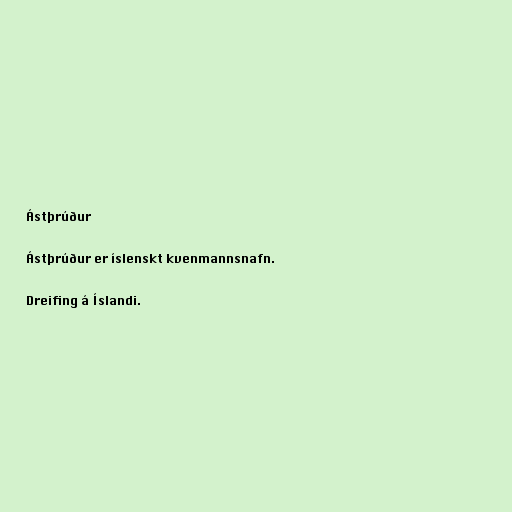
Ástþrúður

Ástþrúður er íslenskt kvenmannsnafn.

Dreifing á Íslandi.